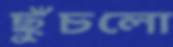
ছুঁচলো